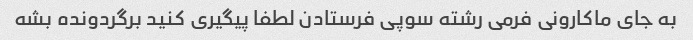
به جای ماکارونی فرمی رشته سوپی فرستادن لطفا پیگیری کنید برگردونده بشه